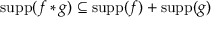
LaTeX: \operatorname { s u p p } ( f \ast g ) \subseteq \operatorname { s u p p } ( f ) + \operatorname { s u p p } ( g )